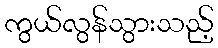
ကွယ်လွန်သွားသည့်